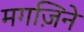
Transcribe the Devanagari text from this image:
मगज़िने